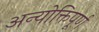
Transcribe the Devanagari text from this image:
अन्योक्तिपूर्ण